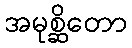
အမုစ္ဆိတော